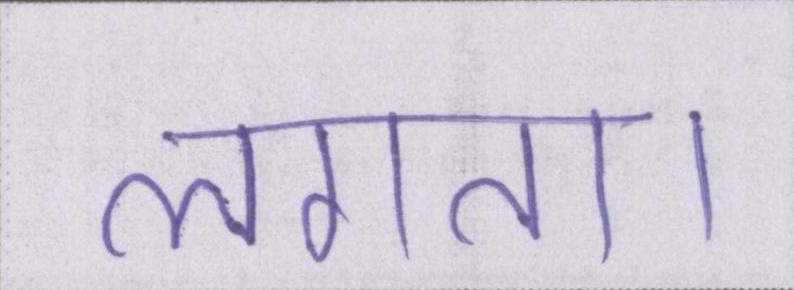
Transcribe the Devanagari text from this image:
लगता।